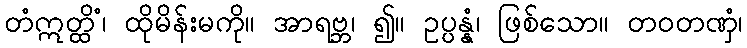
တံဣတ္ထိံ၊ ထိုမိန်းမကို။ အာရဗ္ဘ၊ ၍။ ဥပ္ပန္နံ၊ ဖြစ်သော။ တဝတဏှံ၊